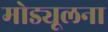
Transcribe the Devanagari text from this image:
मोड्यूलना